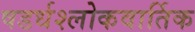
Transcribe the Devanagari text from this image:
षडर्धश्लोकवार्तिक